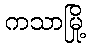
ကသာမြို့